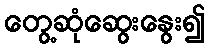
တွေ့ဆုံဆွေးနွေး၍